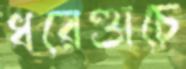
ধরেণ্ডাচে